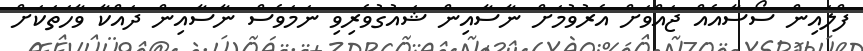
ފްލައިން ސޯސާއެއް ޖައްވަށް އެރުވުމަށް ނާސާއިން ޝައުގުވެރިވި ނަމަވެސް ނާސާއިން ދައްކާ ވާހަތަކަށް